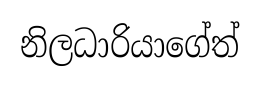
නිලධාරියාගේත්